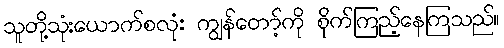
သူတို့သုံးယောက်စလုံး ကျွန်တော့်ကို စိုက်ကြည့်နေကြသည်။